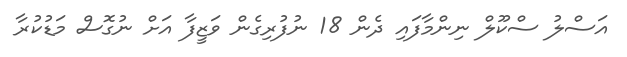
އަސްލު ސްކޫލް ނިންމާފައި ދެން 18 ނުފުރިގެން ވަޒީފާ އަށް ނުގޮސް މަޑުކުރާ